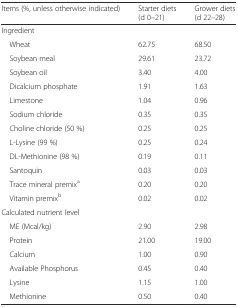
<table><thead><tr><td><b>Items (%, unless otherwise indicated)</b></td><td><b>Starter diets (d 0–21)</b></td><td><b>Grower diets (d 22–28)</b></td></tr></thead><tbody><tr><td>Ingredient</td><td></td><td></td></tr><tr><td> Wheat</td><td>62.75</td><td>68.50</td></tr><tr><td> Soybean meal</td><td>29.61</td><td>23.72</td></tr><tr><td> Soybean oil</td><td>3.40</td><td>4.00</td></tr><tr><td> Dicalcium phosphate</td><td>1.91</td><td>1.63</td></tr><tr><td> Limestone</td><td>1.04</td><td>0.96</td></tr><tr><td> Sodium chloride</td><td>0.35</td><td>0.35</td></tr><tr><td> Choline chloride (50 %)</td><td>0.25</td><td>0.25</td></tr><tr><td> L-Lysine (99 %)</td><td>0.25</td><td>0.24</td></tr><tr><td> DL-Methionine (98 %)</td><td>0.19</td><td>0.11</td></tr><tr><td> Santoquin</td><td>0.03</td><td>0.03</td></tr><tr><td> Trace mineral premix<sup>a</sup></td><td>0.20</td><td>0.20</td></tr><tr><td> Vitamin premix<sup>b</sup></td><td>0.02</td><td>0.02</td></tr><tr><td colspan="2">Calculated nutrient level</td><td></td></tr><tr><td> ME (Mcal/kg)</td><td>2.90</td><td>2.98</td></tr><tr><td> Protein</td><td>21.00</td><td>19.00</td></tr><tr><td> Calcium</td><td>1.00</td><td>0.90</td></tr><tr><td> Available Phosphorus</td><td>0.45</td><td>0.40</td></tr><tr><td> Lysine</td><td>1.15</td><td>1.00</td></tr><tr><td> Methionine</td><td>0.50</td><td>0.40</td></tr></tbody></table>